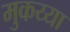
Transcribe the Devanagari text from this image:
मुकय्या